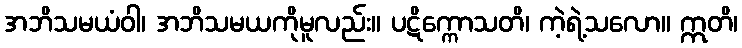
အဘိသမယံဝါ၊ အဘိသမယကိုမူလည်း။ ပဋိက္ကောသတိ၊ ကဲ့ရဲ့သလော။ ဣတိ၊